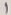
Text: 1